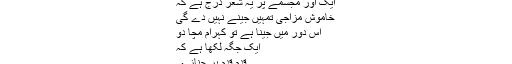
ایک اور مجسمے پر یہ شعر درج ہے کہ
خاموش مزاجی تمہیں جینے نہیں دے گی
اس دور میں جینا ہے تو کہرام مچا دو
ایک جگہ لکھا ہے کہ
قدم قدم پر جنازے۔